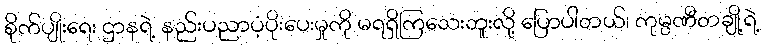
စိုက်ပျိုးရေး ဌာနရဲ့ နည်းပညာပံ့ပိုးပေးမှုကို မရရှိကြသေးဘူးလို့ ပြောပါတယ်၊ ကုမ္ပဏီတချို့ရဲ့